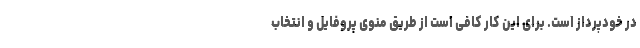
در خودپرداز است. برای این کار کافی است از طریق منوی پروفایل و انتخاب